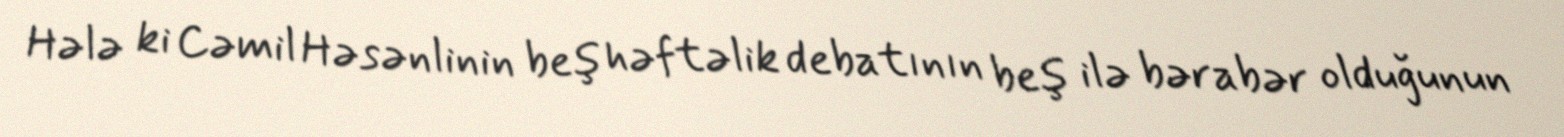
Hələ ki Cəmil Həsənlinin beş həftəlik debatının beş ilə bərabər olduğunun